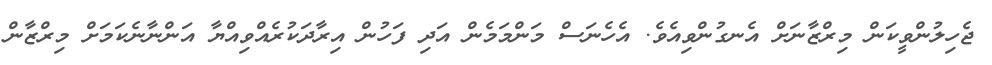
ޖެހިލުންވީކަން މިރްޒާނަށް އެނގުންވިއެވެ. އެހެނަސް މަންމަމެން އަދި ފަހުން އިރާދަކުރެއްވިއްޔާ އަންނާނެކަމަށް މިރްޒާން